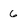
Character: 6